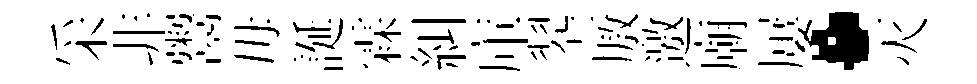
采非鬻毋誕霖糾庫翆厫邀廟屢·灭